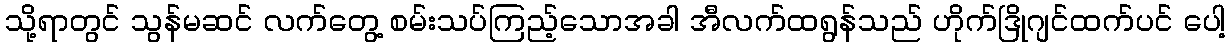
သို့ရာတွင် သွန်မဆင် လက်တွေ့ စမ်းသပ်ကြည့်သောအခါ အီလက်ထရွန်သည် ဟိုက်ဒြိုဂျင်ထက်ပင် ပေါ့